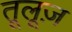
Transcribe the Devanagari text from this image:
तूलूज़